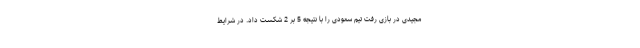
مجیدی در بازی رفت تیم سعودی را با نتیجه 5 بر 2 شکست داد. در شرایط